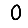
Digit: 0